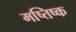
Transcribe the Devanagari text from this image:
मष्‍तिष्‍क